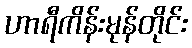
ဟာရီကိန်းမုန်တိုင်း